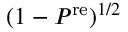
( 1 - P ^ { \protect \mathrm { r e } } ) ^ { 1 / 2 }